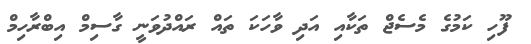
ފޫހި ކަމުގެ މެެސެޖް ތަކާއި އަދި ވާހަކަ ތައް ރައްދުވަނީ ގާސިމް އިބްރާހިމް